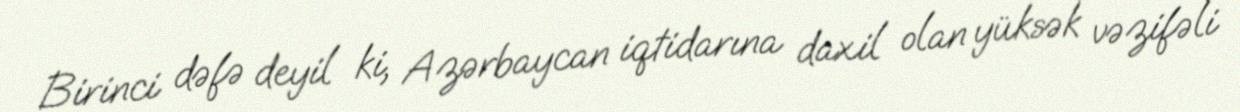
Birinci dəfə deyil ki, Azərbaycan iqtidarına daxil olan yüksək vəzifəli